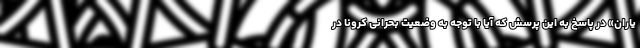
یاران» در پاسخ به این پرسش که آیا با توجه به وضعیت بحرانی کرونا در